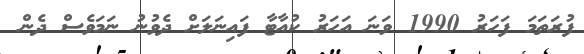
ފުރަތަމަ ފަހަރު 1990 ވަނަ އަހަރު ކުއާޓާ ފައިނަލަށް ދެވުނު ނަމަވެސް ދެން